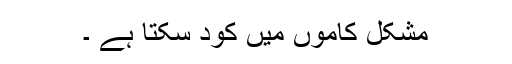
مشکل کاموں میں کود سکتا ہے ۔